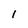
Character: I